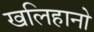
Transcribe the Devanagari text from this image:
खलिहानो